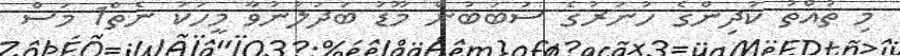
މި ތުއްތު ކުދިންގެ ހުނަރުގެ ސަބަބުން މޫޑު ބަދަލުނުވާ މީހަކު ނެތް1 މަސް